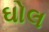
ઘોલ